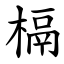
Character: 槅